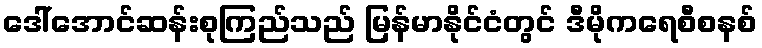
ဒေါ်အောင်ဆန်းစုကြည်သည် မြန်မာနိုင်ငံတွင် ဒီမိုကရေစီစနစ်